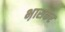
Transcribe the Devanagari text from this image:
भ़ासकर